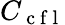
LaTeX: C_{\mathrm{~c~f~l~}}